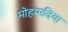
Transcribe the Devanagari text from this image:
मोहम्मदिया